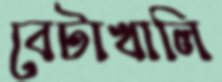
বেটাখালি